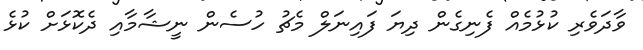
ވާދަވެރި ކުޅުމެއް ފެނިގެން ދިޔަ ފައިނަލް މެޗު ހުސެން ނީޝާމާއި ދެކޮޅަށް ކުޅެ